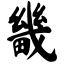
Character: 畿